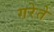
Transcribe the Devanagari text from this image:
गरेते